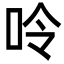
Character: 呤